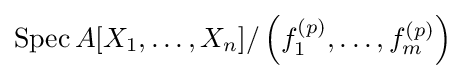
\operatorname {Spec} A[X_{1},\ldots ,X_{n}]/\left(f_{1}^{(p)},\ldots ,f_{m}^{(p)}\right)